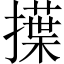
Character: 擛